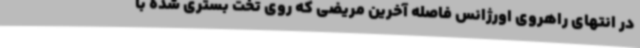
در انتهای راهروی اورژانس فاصله آخرین مریضی که روی تخت بستری شده با